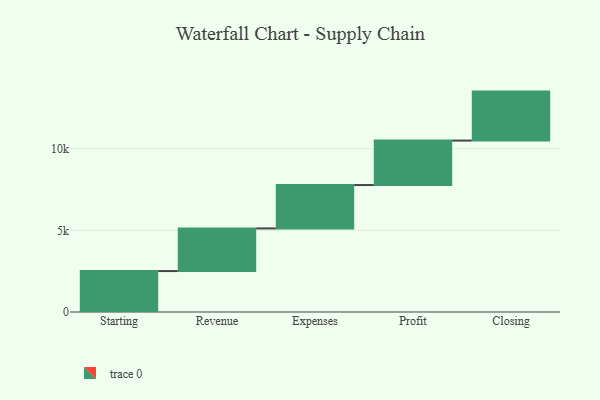
{"axis": {"x": "Step", "y": "Value"}, "legend": [""], "data": [{"x": "Starting", "y": 2508.0, "type": ""}, {"x": "Revenue", "y": 2612.0, "type": ""}, {"x": "Expenses", "y": 2657.0, "type": ""}, {"x": "Profit", "y": 2724.0, "type": ""}, {"x": "Closing", "y": 3000, "type": ""}]}